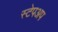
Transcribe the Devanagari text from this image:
स्टेपअप